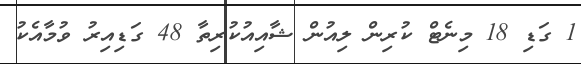
1 ގަޑި 18 މިނެޓް ކުރިން ލިއުން ޝާއިއުކުރިތާ 48 ގަޑިއިރު ވުމާއެކު